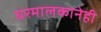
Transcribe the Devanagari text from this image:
घरमालकानेही